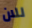
للان